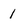
Character: 1